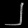
Digit: ၂